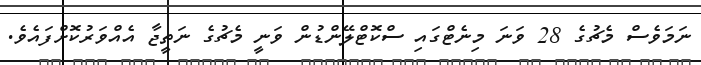
ނަމަވެސް މެޗުގެ 28 ވަނަ މިނެޓްގައި ސްކޮޓްލޭންޑުން ވަނީ މެޗުގެ ނަތީޖާ އެއްވަރުކޮށްފައެވެ.